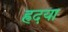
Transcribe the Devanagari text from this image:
ह्रदया